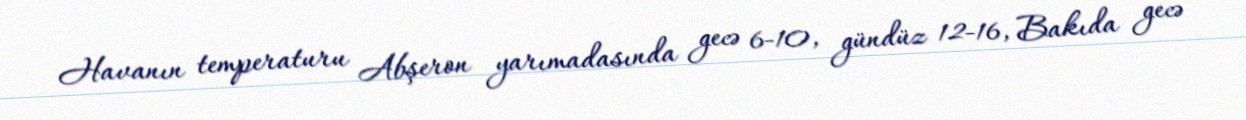
Havanın temperaturu Abşeron yarımadasında gecə 6-10, gündüz 12-16, Bakıda gecə